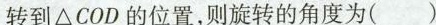
转到\Delta COD的位置，则旋转的角度为()